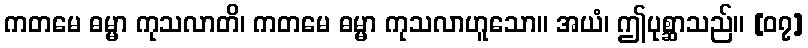
ကတမေ ဓမ္မာ ကုသလာတိ၊ ကတမေ ဓမ္မာ ကုသလာဟူသော။ အယံ၊ ဤပုစ္ဆာသည်။ [၀၇]